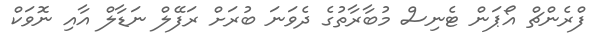
ފްރެންޗް އޯޕަން ޓެނިސް މުބާރާތުގެ ދެވަނަ ބުރަށް ރަފޭލް ނަޑާލް އާއި ނޮވަކް